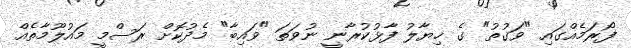
ފޯރަމެއްގައި "ވަގުތު" ގެ ޚިޔާލު ފާޅުކުރާނީ ނުވަތަ "ވައިބާ" މެދުކޮށް ރަސްމީ މައުލޫމާތެއް